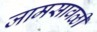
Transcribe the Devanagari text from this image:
जामसावळी